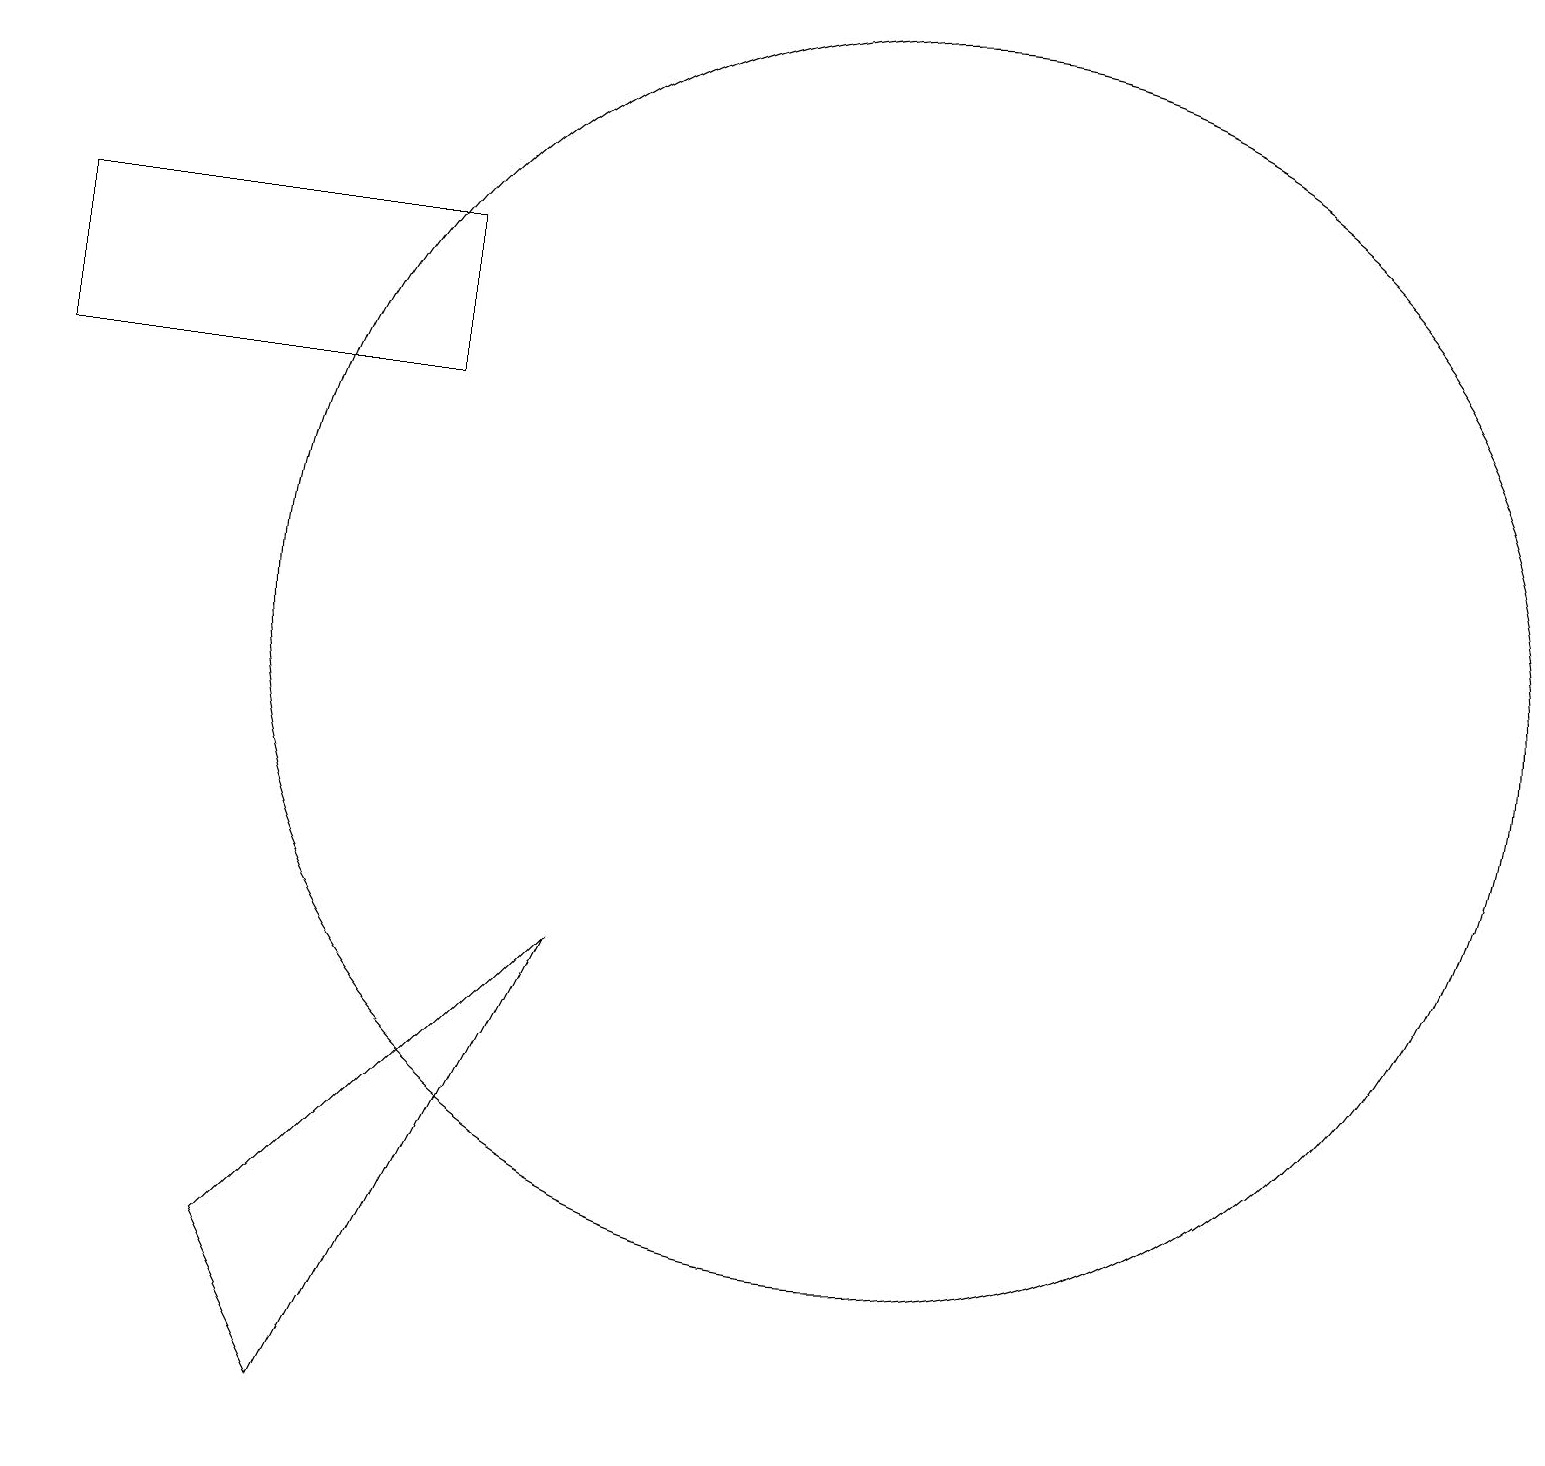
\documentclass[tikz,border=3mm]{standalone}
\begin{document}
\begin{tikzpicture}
\draw (11,12) circle (8);
\draw (5,17) rectangle (0,15);
\draw (7,8) -- (4,2) -- (3,4) -- cycle;
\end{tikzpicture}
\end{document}